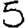
Digit: 5